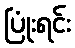
ပြုံးရင်း